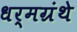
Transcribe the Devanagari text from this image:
धर्मग्रंथे